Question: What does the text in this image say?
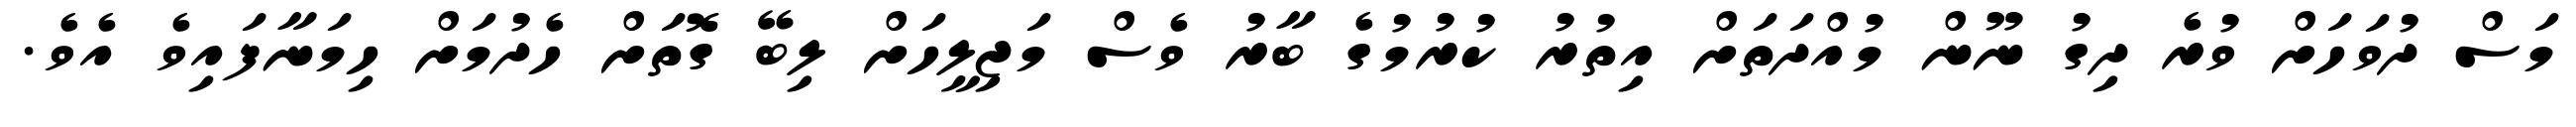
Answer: މަސް ދުވަހަށް ވުރެ ދިގު ނޫން މުއްދަތަށް އިތުރު ކުރުމުގެ ބާރު ވެސް މަޖިލީހަށް ލިބޭ ގޮތަށް ހެދުމަށް ހިމަނާފައިވެ އެވެ.